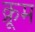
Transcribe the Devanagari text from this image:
क्रूम